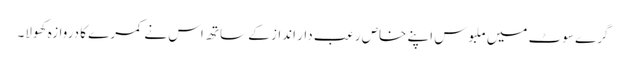
گرے سوٹ میں ملبوس اپنے خاص رعب دار انداز کے ساتھ اس نے کمرے کا دروازہ کھولا۔